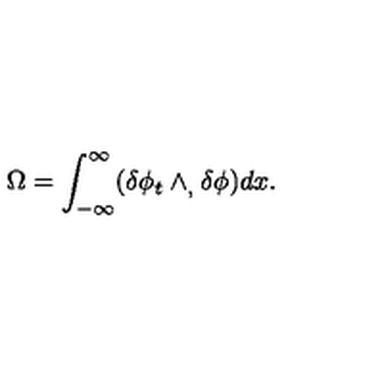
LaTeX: \Omega = \int _ { - \infty } \sp { \infty } ( \delta \phi _ { t } \wedge _ { , } \delta \phi ) d x .